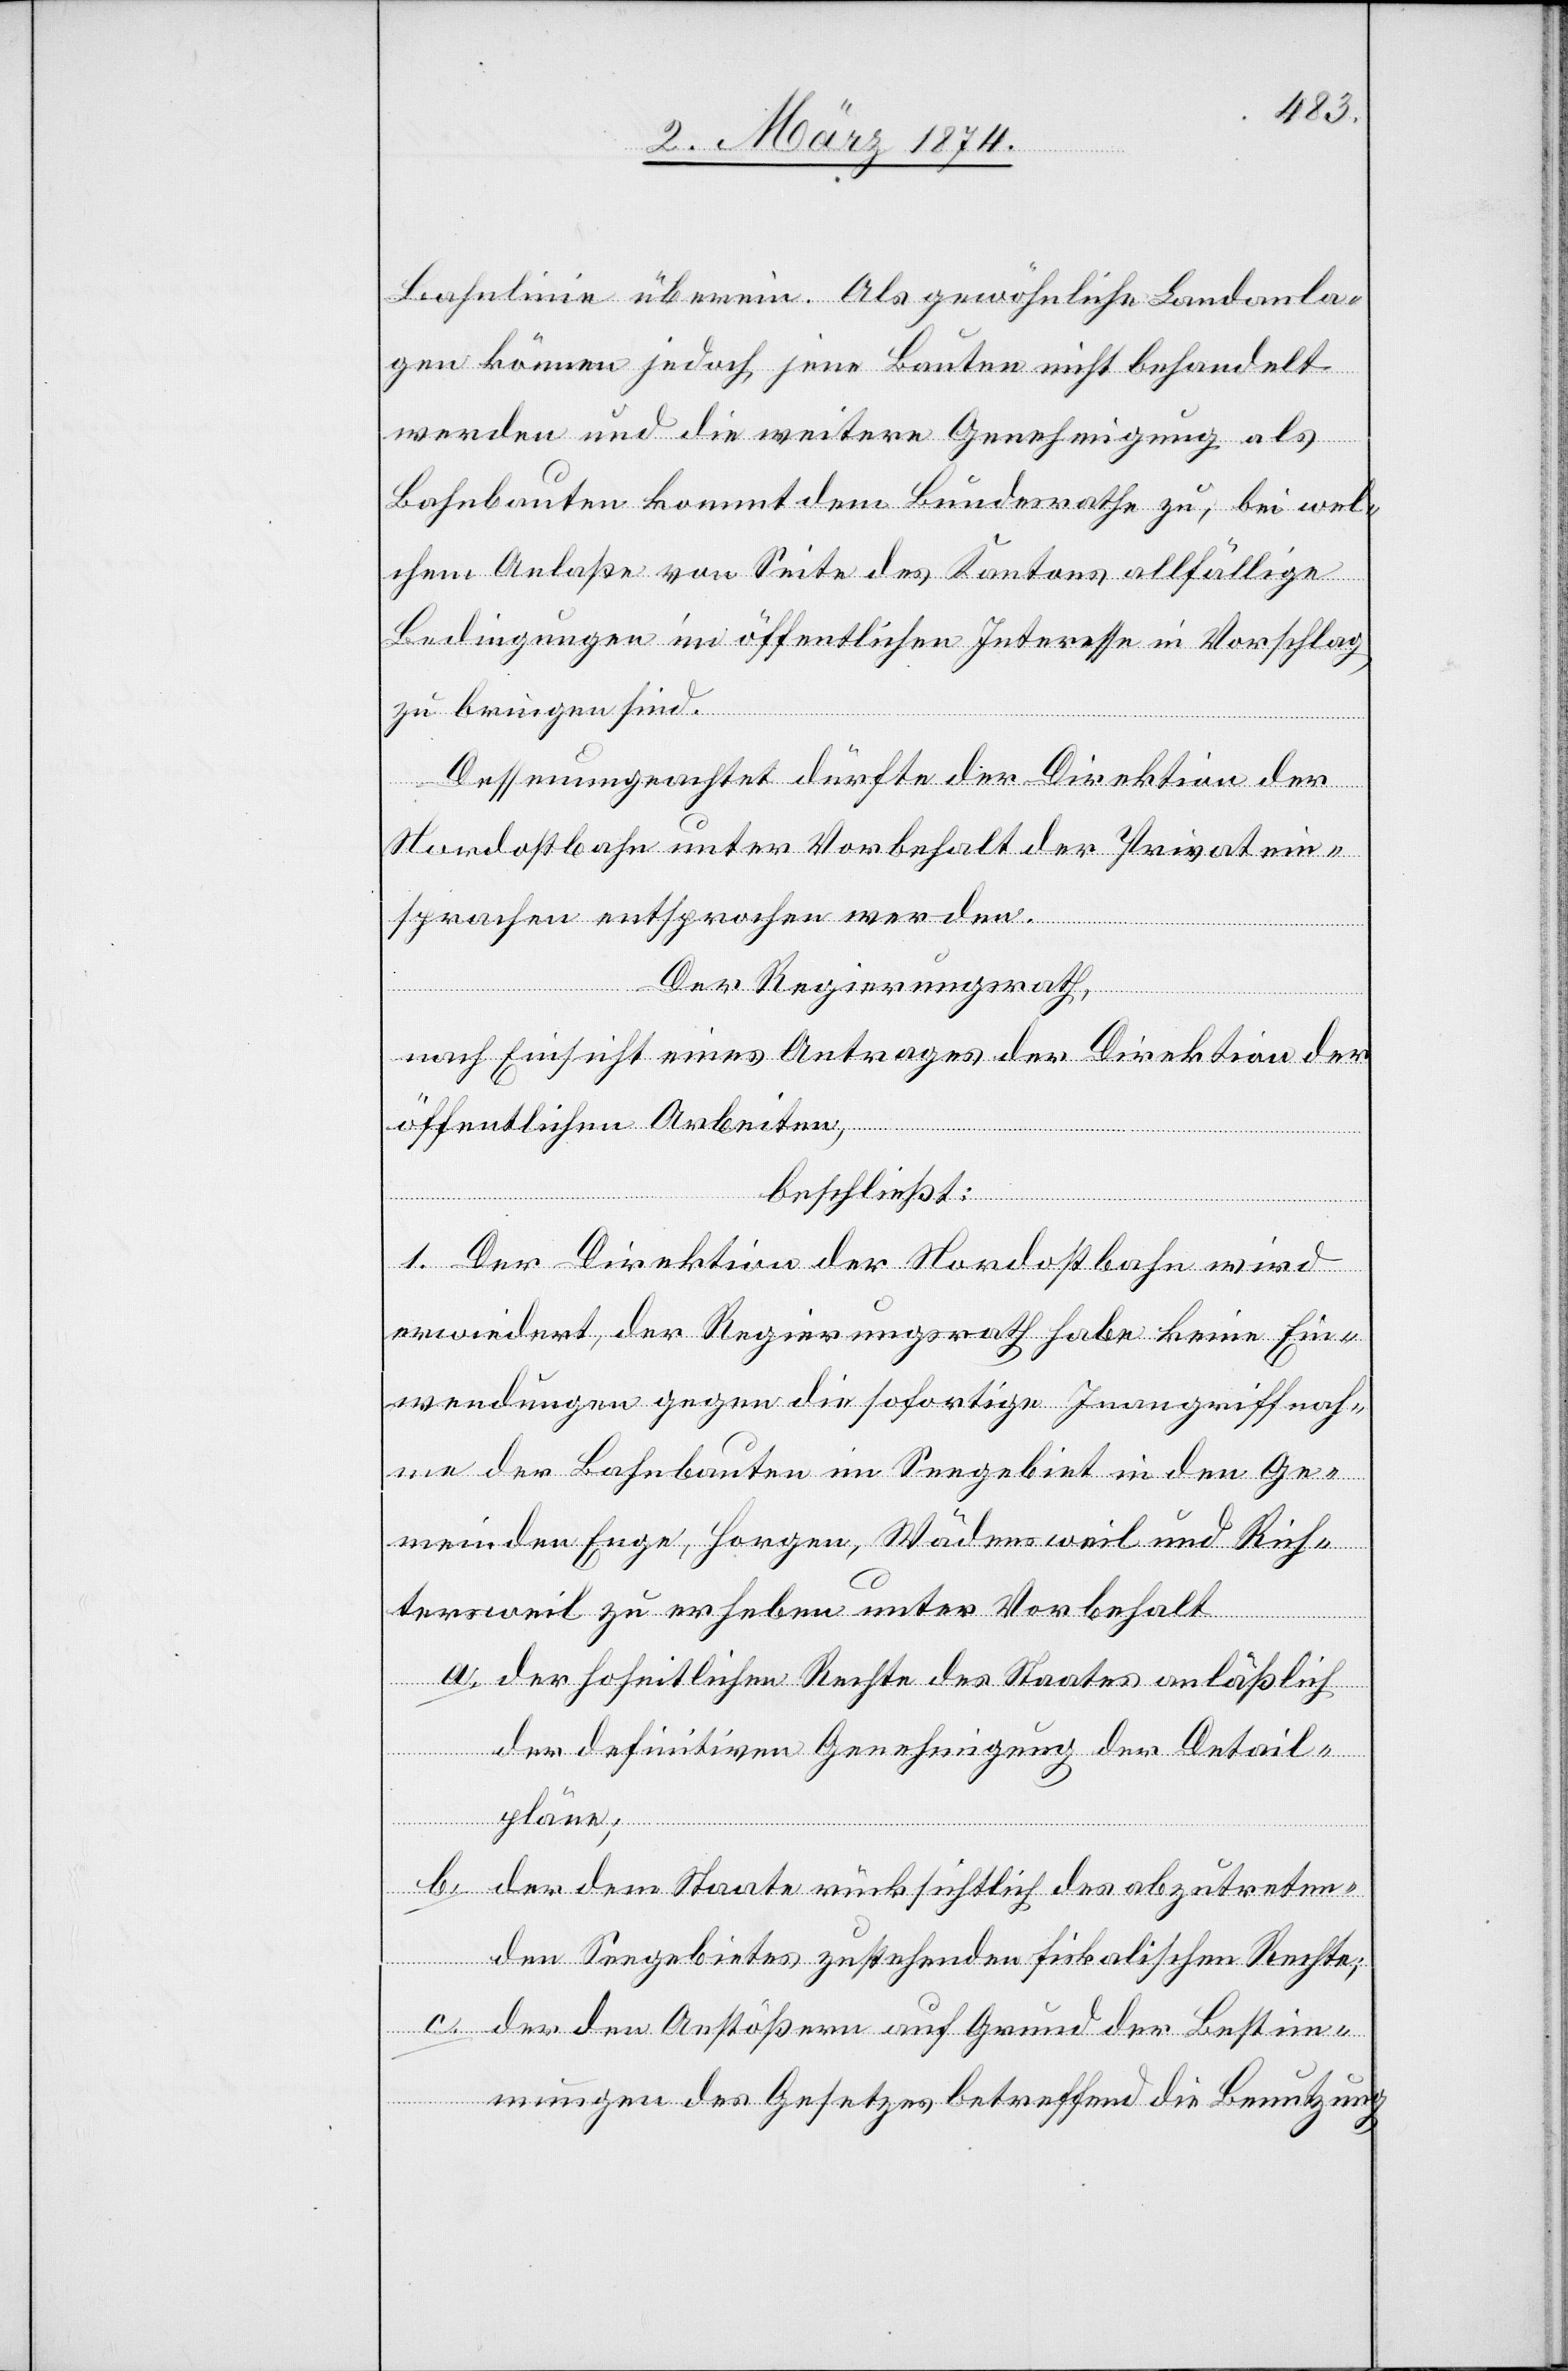
Bahnlinie überein. Als gewöhnliche Landanla¬
gen können jedoch jene Bauten nicht behandelt
werden und die weitere Genehmigung als
Bahnbauten kommt dem Bundesrathe zu, bei wel¬
chem Anlaße von Seite des Kantons allfällige
Bedingungen im öffentlichen Interesse in Vorschlag
zu bringen sind.
Dessenungeachtet dürfte der Direktion der
Nordostbahn unter Vorbehalt der Privatein¬
sprachen entsprochen werden.
Der Regierungsrath,
nach Einsicht eines Antrages der Direktion der
öffentlichen Arbeiten,
beschließt:
1. Der Direktion der Nordostbahn wird
erwiedert, der Regierungsrath habe keine Ein¬
wendungen gegen die sofortige Inangriffnah¬
me der Bahnbauten im Seegebiet in den Ge¬
meinden Enge, Horgen, Wädensweil und Rich¬
tersweil zu erheben unter Vorbehalt
a. der hoheitlichen Rechte des Staates anläßlich
der definitiven Genehmigung der Detail¬
pläne.
b. der dem Staate rücksichtlich des abzutreten¬
den Seegebietes zustehenden fiskalischen Rechte;
c. der den Anstößern auf Grund der Bestim¬
mungen des Gesetzes betreffend die Benutzung